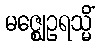
မဇ္ဈေဥရသ္မိံ